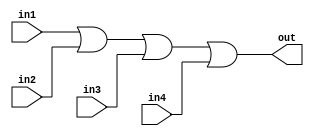
module four_input_or_gate(
    input wire in1,
    input wire in2,
    input wire in3,
    input wire in4,
    output reg out
);

always @(*) begin
    out = in1 | in2 | in3 | in4;
end

endmodule